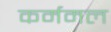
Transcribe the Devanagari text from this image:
कर्ममल